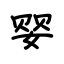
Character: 婴